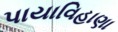
પાયાવિહાણા